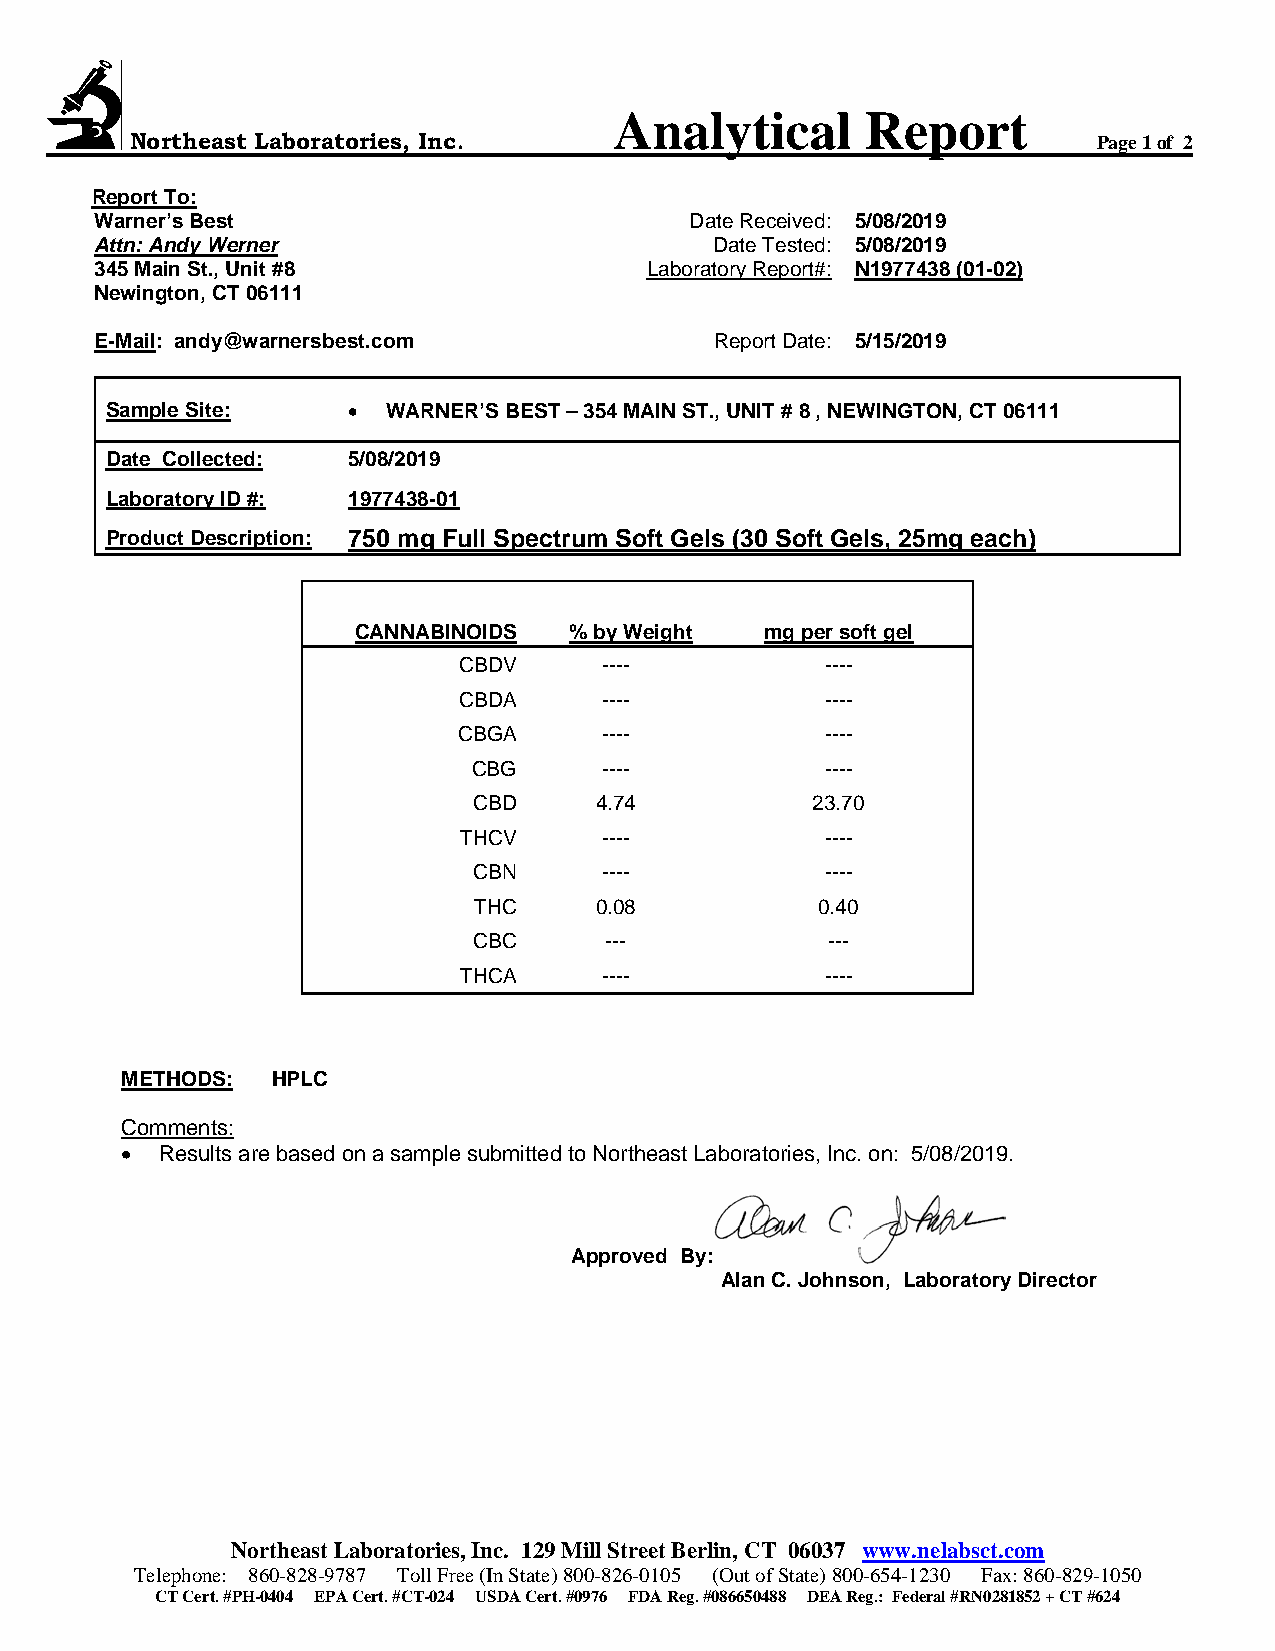
Analytical      Report
 Northeast Laboratories, Inc.                                    Page 1 of 2
 Report To:
 Warner’s Best                           Date Received: 5/08/2019
 Attn: Andy Werner                        Date Tested: 5/08/2019
 345 Main St., Unit #8                Laboratory Report#: N1977438 (01-02)
 Newington, CT 06111
 E-Mail: andy@warnersbest.com             Report Date: 5/15/2019
 Sample Site:    •  WARNER’S BEST – 354 MAIN ST., UNIT # 8 , NEWINGTON, CT 06111
 Date Collected: 5/08/2019
 Laboratory ID #: 1977438-01
 Product Description: 750 mg Full Spectrum Soft Gels (30 Soft Gels, 25mg each)
 CANNABINOIDS   % by Weight  mg per soft gel
 CBDV      ----           ----
 CBDA      ----           ----
 CBGA      ----           ----
 CBG      ----           ----
 CBD     4.74           23.70
 THCV      ----           ----
 CBN      ----           ----
 THC     0.08           0.40
 CBC      ---            ---
 THCA      ----           ----
 METHODS:  HPLC
 Comments:
 •  Results are based on a sample submitted to Northeast Laboratories, Inc. on: 5/08/2019.
 Approved By:
 Alan C. Johnson, Laboratory Director
 Northeast Laboratories, Inc. 129 Mill Street Berlin, CT 06037 www.nelabsct.com
 Telephone: 860-828-9787 Toll Free (In State) 800-826-0105 (Out of State) 800-654-1230 Fax: 860-829-1050
 CT Cert. #PH-0404 EPA Cert. #CT-024 USDA Cert. #0976 FDA Reg. #086650488 DEA Reg.: Federal #RN0281852 + CT #624